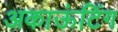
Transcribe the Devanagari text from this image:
अकाऊंटिंग